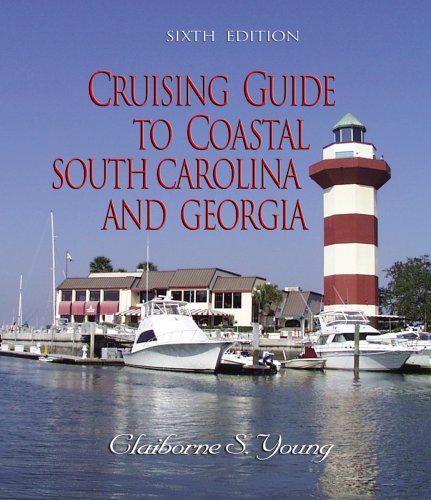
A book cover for Cruising Guide to Coastal South Carolina and Georgia (Cruising Guide to Coastal South Carolina & Georgia); Claiborne S. Young; Travel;